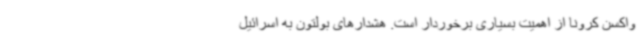
واکسن کرونا از اهمیت بسیاری برخوردار است. هشدارهای بولتون به اسرائیل